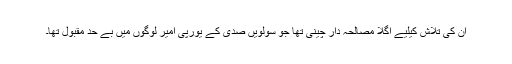
ان کی تلاش کیلیے اگلا مصالحہ دار چینی تھا جو سولویں صدی کے یورپی امیر لوگوں میں بے حد مقبول تھا۔